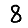
Digit: 8